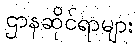
ဌာနဆိုင်ရာများ